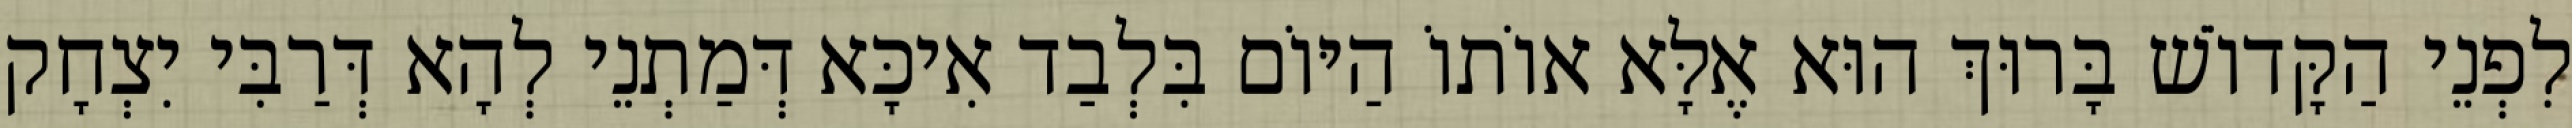
לִפְנֵי הַקָּדוֹשׁ בָּרוּךְ הוּא אֶלָּא אוֹתוֹ הַיּוֹם בִּלְבַד אִיכָּא דְּמַתְנֵי לְהָא דְּרַבִּי יִצְחָק